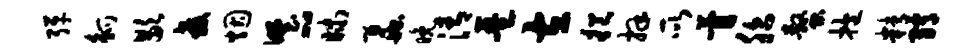
弹觚歇教烟野~昧蠡晚清琶左挹拜所瞢胎螯抱精绡